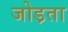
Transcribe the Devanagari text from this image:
जोड़ता